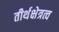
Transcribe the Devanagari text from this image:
तीर्थक्षेत्रत्व